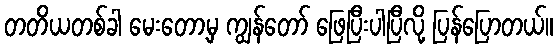
တတိယတစ်ခါ မေးတော့မှ ကျွန်တော် ဖြေပြီးပါပြီလို့ ပြန်ပြောတယ်။